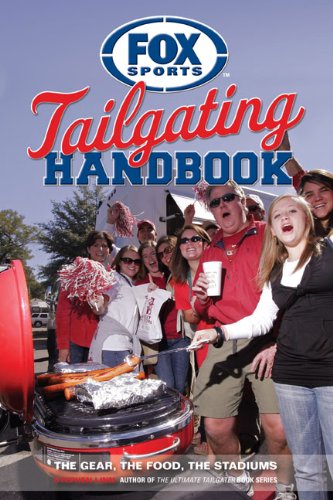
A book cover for Fox Sports Tailgating Handbook: The Gear, The Food, The Stadiums; Stephen Linn; Cookbooks, Food & Wine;